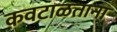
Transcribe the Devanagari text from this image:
कवटाळताना